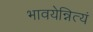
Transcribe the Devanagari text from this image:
भावयेन्नित्यं